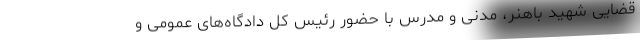
قضایی شهید باهنر، مدنی و مدرس با حضور رئیس کل دادگاه‌های عمومی و